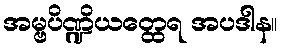
အမ္ဗပိဏ္ဍိယတ္ထေရ အပဒါန။